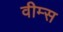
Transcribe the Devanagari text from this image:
वीम्स